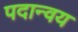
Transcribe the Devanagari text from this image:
पदान्वय